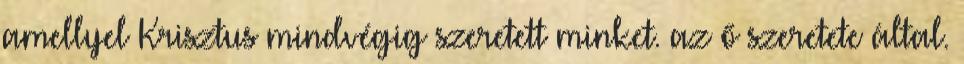
amellyel Krisztus mindvégig szeretett minket. az ő szeretete által.